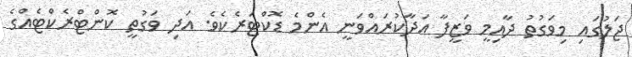
ޖަލުގައި މިވަގުތު ދާއިމީ ވަޒީފާ އަދާކުރައްވަނީ އެންމެ ޑޮކްޓަރެކެވެ. އަދި ވަގުތީ ކޮންޓްރެކްޓެއްގެ